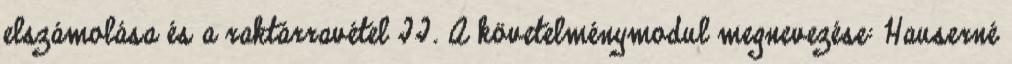
elszámolása és a raktárravétel II. A követelménymodul megnevezése: Hauserné